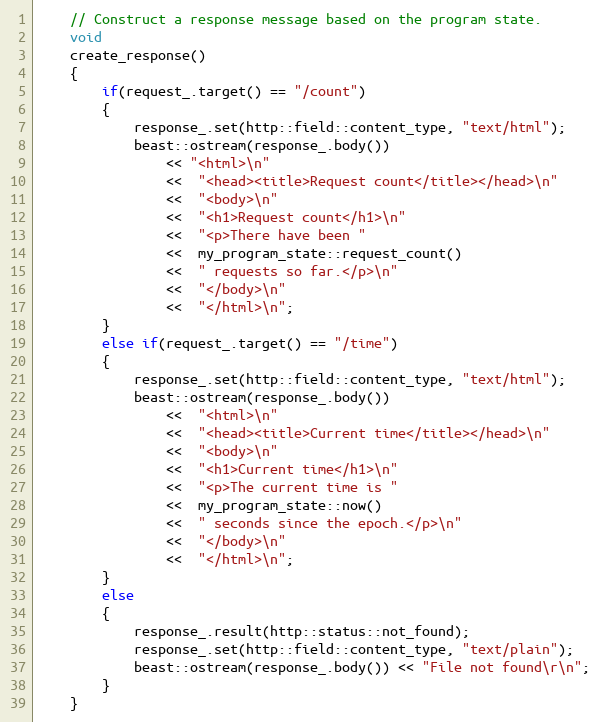
Language: C++
    // Construct a response message based on the program state.
    void
    create_response()
    {
        if(request_.target() == "/count")
        {
            response_.set(http::field::content_type, "text/html");
            beast::ostream(response_.body())
                << "<html>\n"
                <<  "<head><title>Request count</title></head>\n"
                <<  "<body>\n"
                <<  "<h1>Request count</h1>\n"
                <<  "<p>There have been "
                <<  my_program_state::request_count()
                <<  " requests so far.</p>\n"
                <<  "</body>\n"
                <<  "</html>\n";
        }
        else if(request_.target() == "/time")
        {
            response_.set(http::field::content_type, "text/html");
            beast::ostream(response_.body())
                <<  "<html>\n"
                <<  "<head><title>Current time</title></head>\n"
                <<  "<body>\n"
                <<  "<h1>Current time</h1>\n"
                <<  "<p>The current time is "
                <<  my_program_state::now()
                <<  " seconds since the epoch.</p>\n"
                <<  "</body>\n"
                <<  "</html>\n";
        }
        else
        {
            response_.result(http::status::not_found);
            response_.set(http::field::content_type, "text/plain");
            beast::ostream(response_.body()) << "File not found\r\n";
        }
    }